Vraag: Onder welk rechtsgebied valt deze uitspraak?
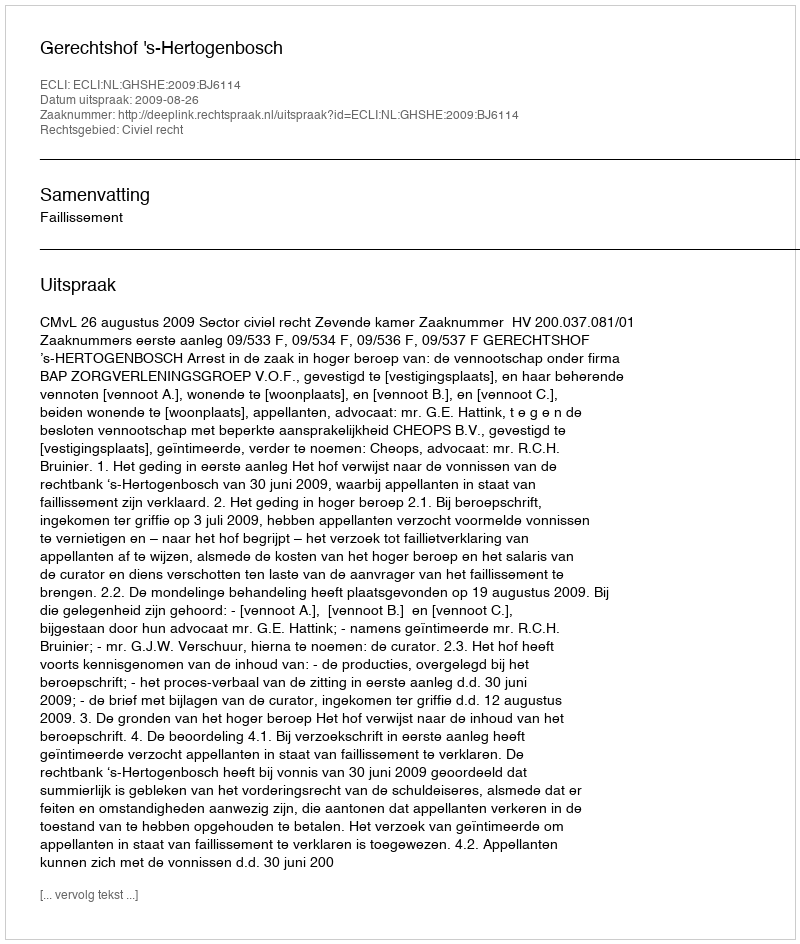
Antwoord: Civiel recht